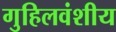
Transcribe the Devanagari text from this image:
गुहिलवंशीय